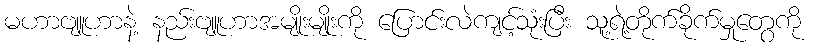
မဟာဗျူဟာနဲ့ နည်းဗျူဟာအမျိုးမျိုးကို ပြောင်းလဲကျင့်သုံးပြီး သူ့ရဲ့တိုက်ခိုက်မှုတွေကို